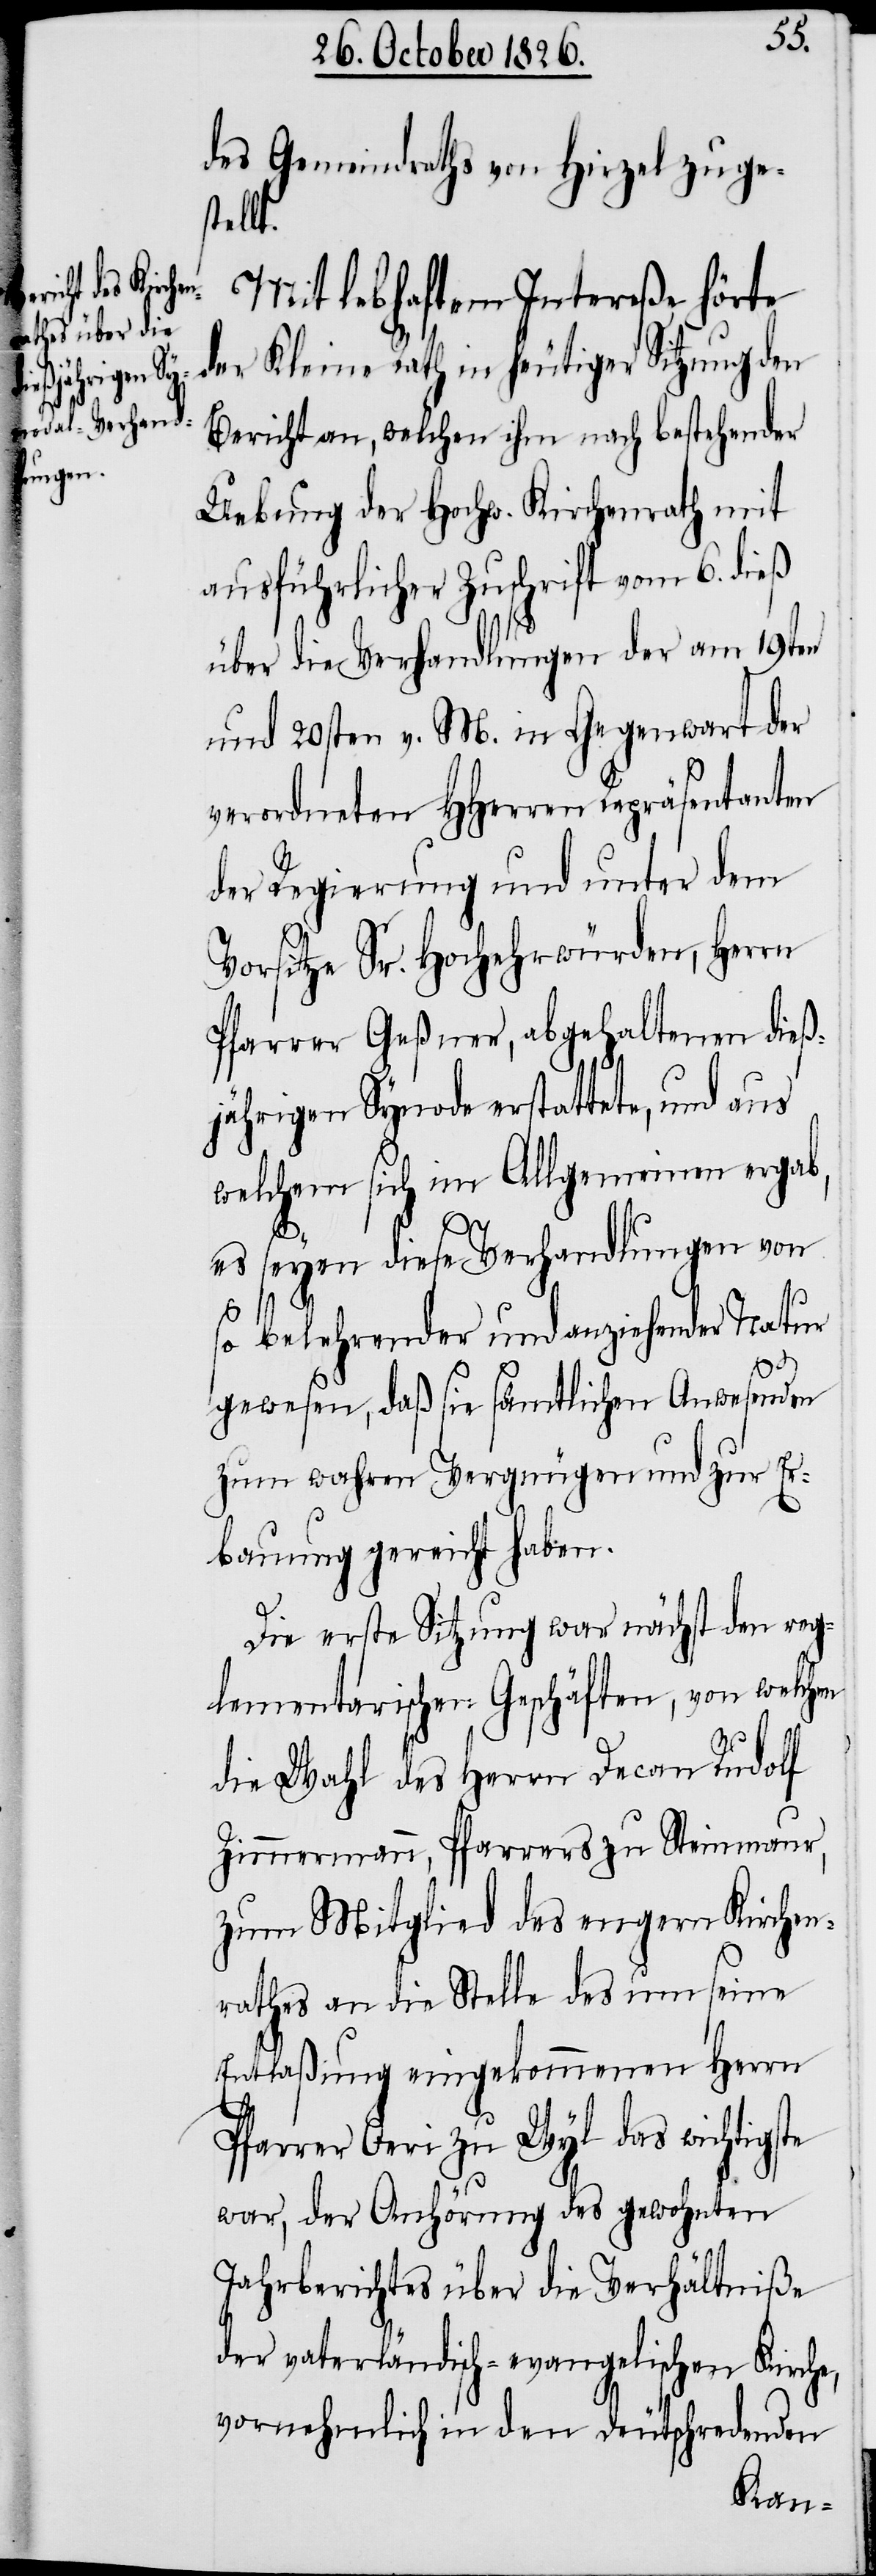
des Gemeindraths von Hirzel zuges¬
tellt.
Mit lebhaftem Intereße hörte
der Kleine Rath in heutiger Sitzung den
Bericht an, welchen ihm nach bestehender
Uebung der Hochw. Kirchenrath mit
ausführlicher Zuschrift vom 6. dieß
über die Verhandlungen der am 19ten
und 20sten v. M. in Gegenwart der
verordneten HHerren Repräsentanten
der Regierung und unter dem
Vorsitze Sr. Hochehrwürden, Herrn
Pfarrer Geßner, abgehaltenen dieß¬
jährigen Synode erstattete, und aus
welchem sich im Allgemeinen ergab,
es seyen diese Verhandlungen von
so belehrender und anziehender Natur
gewesen, daß sie sämtlichen Anwesenden
zum wahren Vergnügen und zur Er¬
bauung gereicht haben.
Die erste Sitzung war nächst den reg¬
lementarischen Geschäften, von welchen
die Wahl des Herrn Decan Rudolf
Zimmermann, Pfarrers zu Steinmaur,
zum Mitglied des engern Kirchen¬
rathes an die Stelle des um seine
Entlaßung eingekommenen Herrn
Pfarrer Oeri zu Wyl das wichtigste
war, der Anhörung des gewohnten
Jahrberichtes über die Verhältniße
der vaterländisch-evangelischen Kirche,
vornehmlich in den deutschredenden